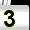
Digit: 3